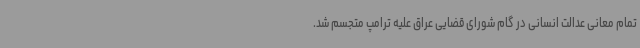
تمام معانی عدالت انسانی در گام شورای قضایی عراق علیه ترامپ متجسم شد.